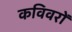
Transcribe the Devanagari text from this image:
कविवरों